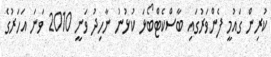
ކުރިން ގައުމީ ފެންވަރުގައި ބާސްކެޓްބޯޅަ ކުޅުނު ނާހިދު ވަނީ 2010 ވަނަ އަހަރުގެ